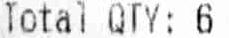
TOTAL QTY: 6